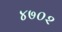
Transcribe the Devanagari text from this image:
४७०२